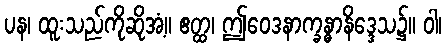
ပန၊ ထူးသည်ကိုဆိုအံ့။ ဧတ္ထ၊ ဤဝေဒနာက္ခန္ဓာနိဒ္ဒေသ၌။ ဝါ၊